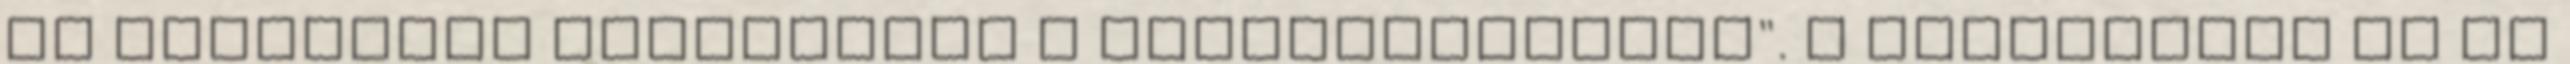
és sikeresen folytattam a pályafutásomat". A díjazottak Az év